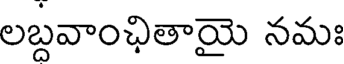
లబ్దవాంఛితాయై నమః